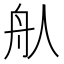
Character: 𦨈